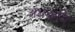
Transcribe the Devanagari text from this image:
अंधकवि